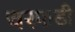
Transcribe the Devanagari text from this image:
चरफडी